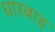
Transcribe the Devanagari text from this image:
धारबाड़